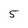
Character: 5